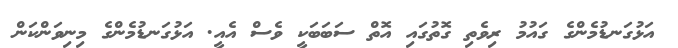
އަޅުގަނޑުމެންގެ ގައުުމު ރިވެތި ގޮތުގައި އޮތް ސަބަބަކީ ވެސް އެއީ. އަޅުގަނޑުމެންގެ މިނިވަންކަން